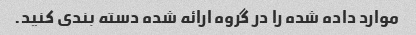
موارد داده شده را در گروه ارائه شده دسته بندی کنید.